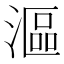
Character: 漚